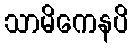
သာမိကေနပိ